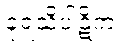
ခုရသိပါဋိကံ